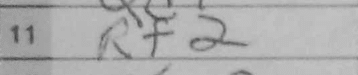
Transcription: Rf2